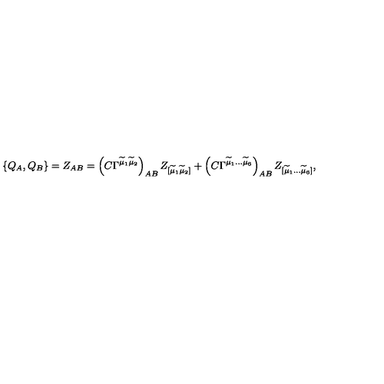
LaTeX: \{ Q _ { A } , Q _ { B } \} = Z _ { A B } = \left( C \Gamma ^ { \widetilde { \mu } _ { 1 } \widetilde { \mu } _ { 2 } } \right) _ { A B } Z _ { [ \widetilde { \mu } _ { 1 } \widetilde { \mu } _ { 2 } ] } + \left( C \Gamma ^ { \widetilde { \mu } _ { 1 } \ldots \widetilde { \mu } _ { 6 } } \right) _ { A B } Z _ { [ \widetilde { \mu } _ { 1 } \ldots \widetilde { \mu } _ { 6 } ] } ,